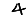
Digit: 4